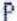
P